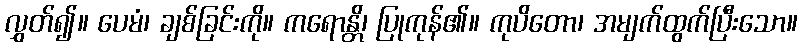
လွှတ်၍။ ပေမံ၊ ချစ်ခြင်းကို။ ကရောန္တိ၊ ပြုကုန်၏။ ကုပိတော၊ အမျက်ထွက်ပြီးသော။